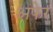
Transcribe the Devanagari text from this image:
अफेर